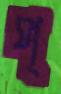
প্